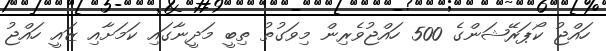
ހައްޖު ކޯޕަރޭޝަންގެ 500 ހައްޖުވެރިން މިވަގުތު ތިބީ މަދީނާގައި ކަަމަށާއި ޒައީ ހައްޖު